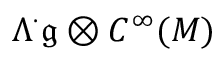
\Lambda ^ { \cdot } { \mathfrak { g } } \otimes C ^ { \infty } ( M )